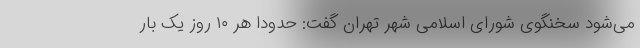
می‌شود سخنگوی شورای اسلامی شهر تهران گفت: حدوداً هر ۱۰ روز یک بار